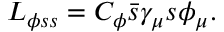
L _ { \phi s s } = C _ { \phi } \bar { s } \gamma _ { \mu } s \phi _ { \mu } .